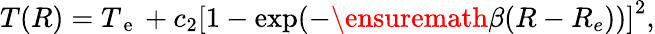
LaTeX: T(R)=T_{\mathrm{~e~}}+c_{2}\left[1-\exp(-\ensuremath{\beta}(R-R_{e}))\right]^{2},